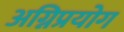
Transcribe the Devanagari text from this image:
अग्निप्रयोग